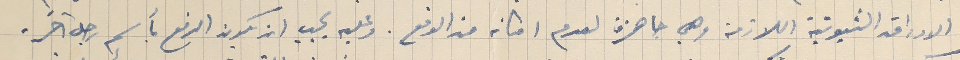
الاوراق الثبوتية اللازمة وهي جاهزة لعدم امكانه من الدفع. وعليه يجب ان يكون الدفع بأسم رجل آخر.